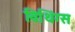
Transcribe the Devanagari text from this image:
विथिंग्स